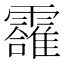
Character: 𲊌